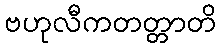
ဗဟုလီကတတ္တာတိ